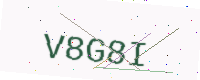
Text: V8G8I